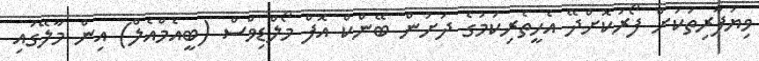
ވިޔަފާރިތަކަށް ފޯރުކޮށްދޭ އެހީތެރިކަމުގެ ދަށުން ބޭންކް އޮފް މޯލްޑިވްސް (ބީއެމްއެލް) އިން މާލޭގައި